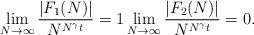
LaTeX: \begin{align*}\lim\limits_{N \rightarrow \infty } \frac{|F_{1}(N)|}{N^{N^{\gamma}t}} = 1 \lim\limits_{N \rightarrow \infty } \frac{|F_{2}(N)|}{N^{N^{\gamma}t}} = 0.\end{align*}